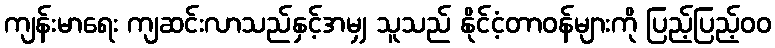
ကျန်းမာရေး ကျဆင်းလာသည်နှင့်အမျှ သူသည် နိုင်ငံ့တာဝန်များကို ပြည့်ပြည့်၀၀